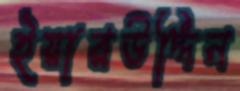
ইয়ারউদ্দিন